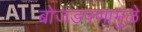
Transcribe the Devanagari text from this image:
बोजडपणामुळे